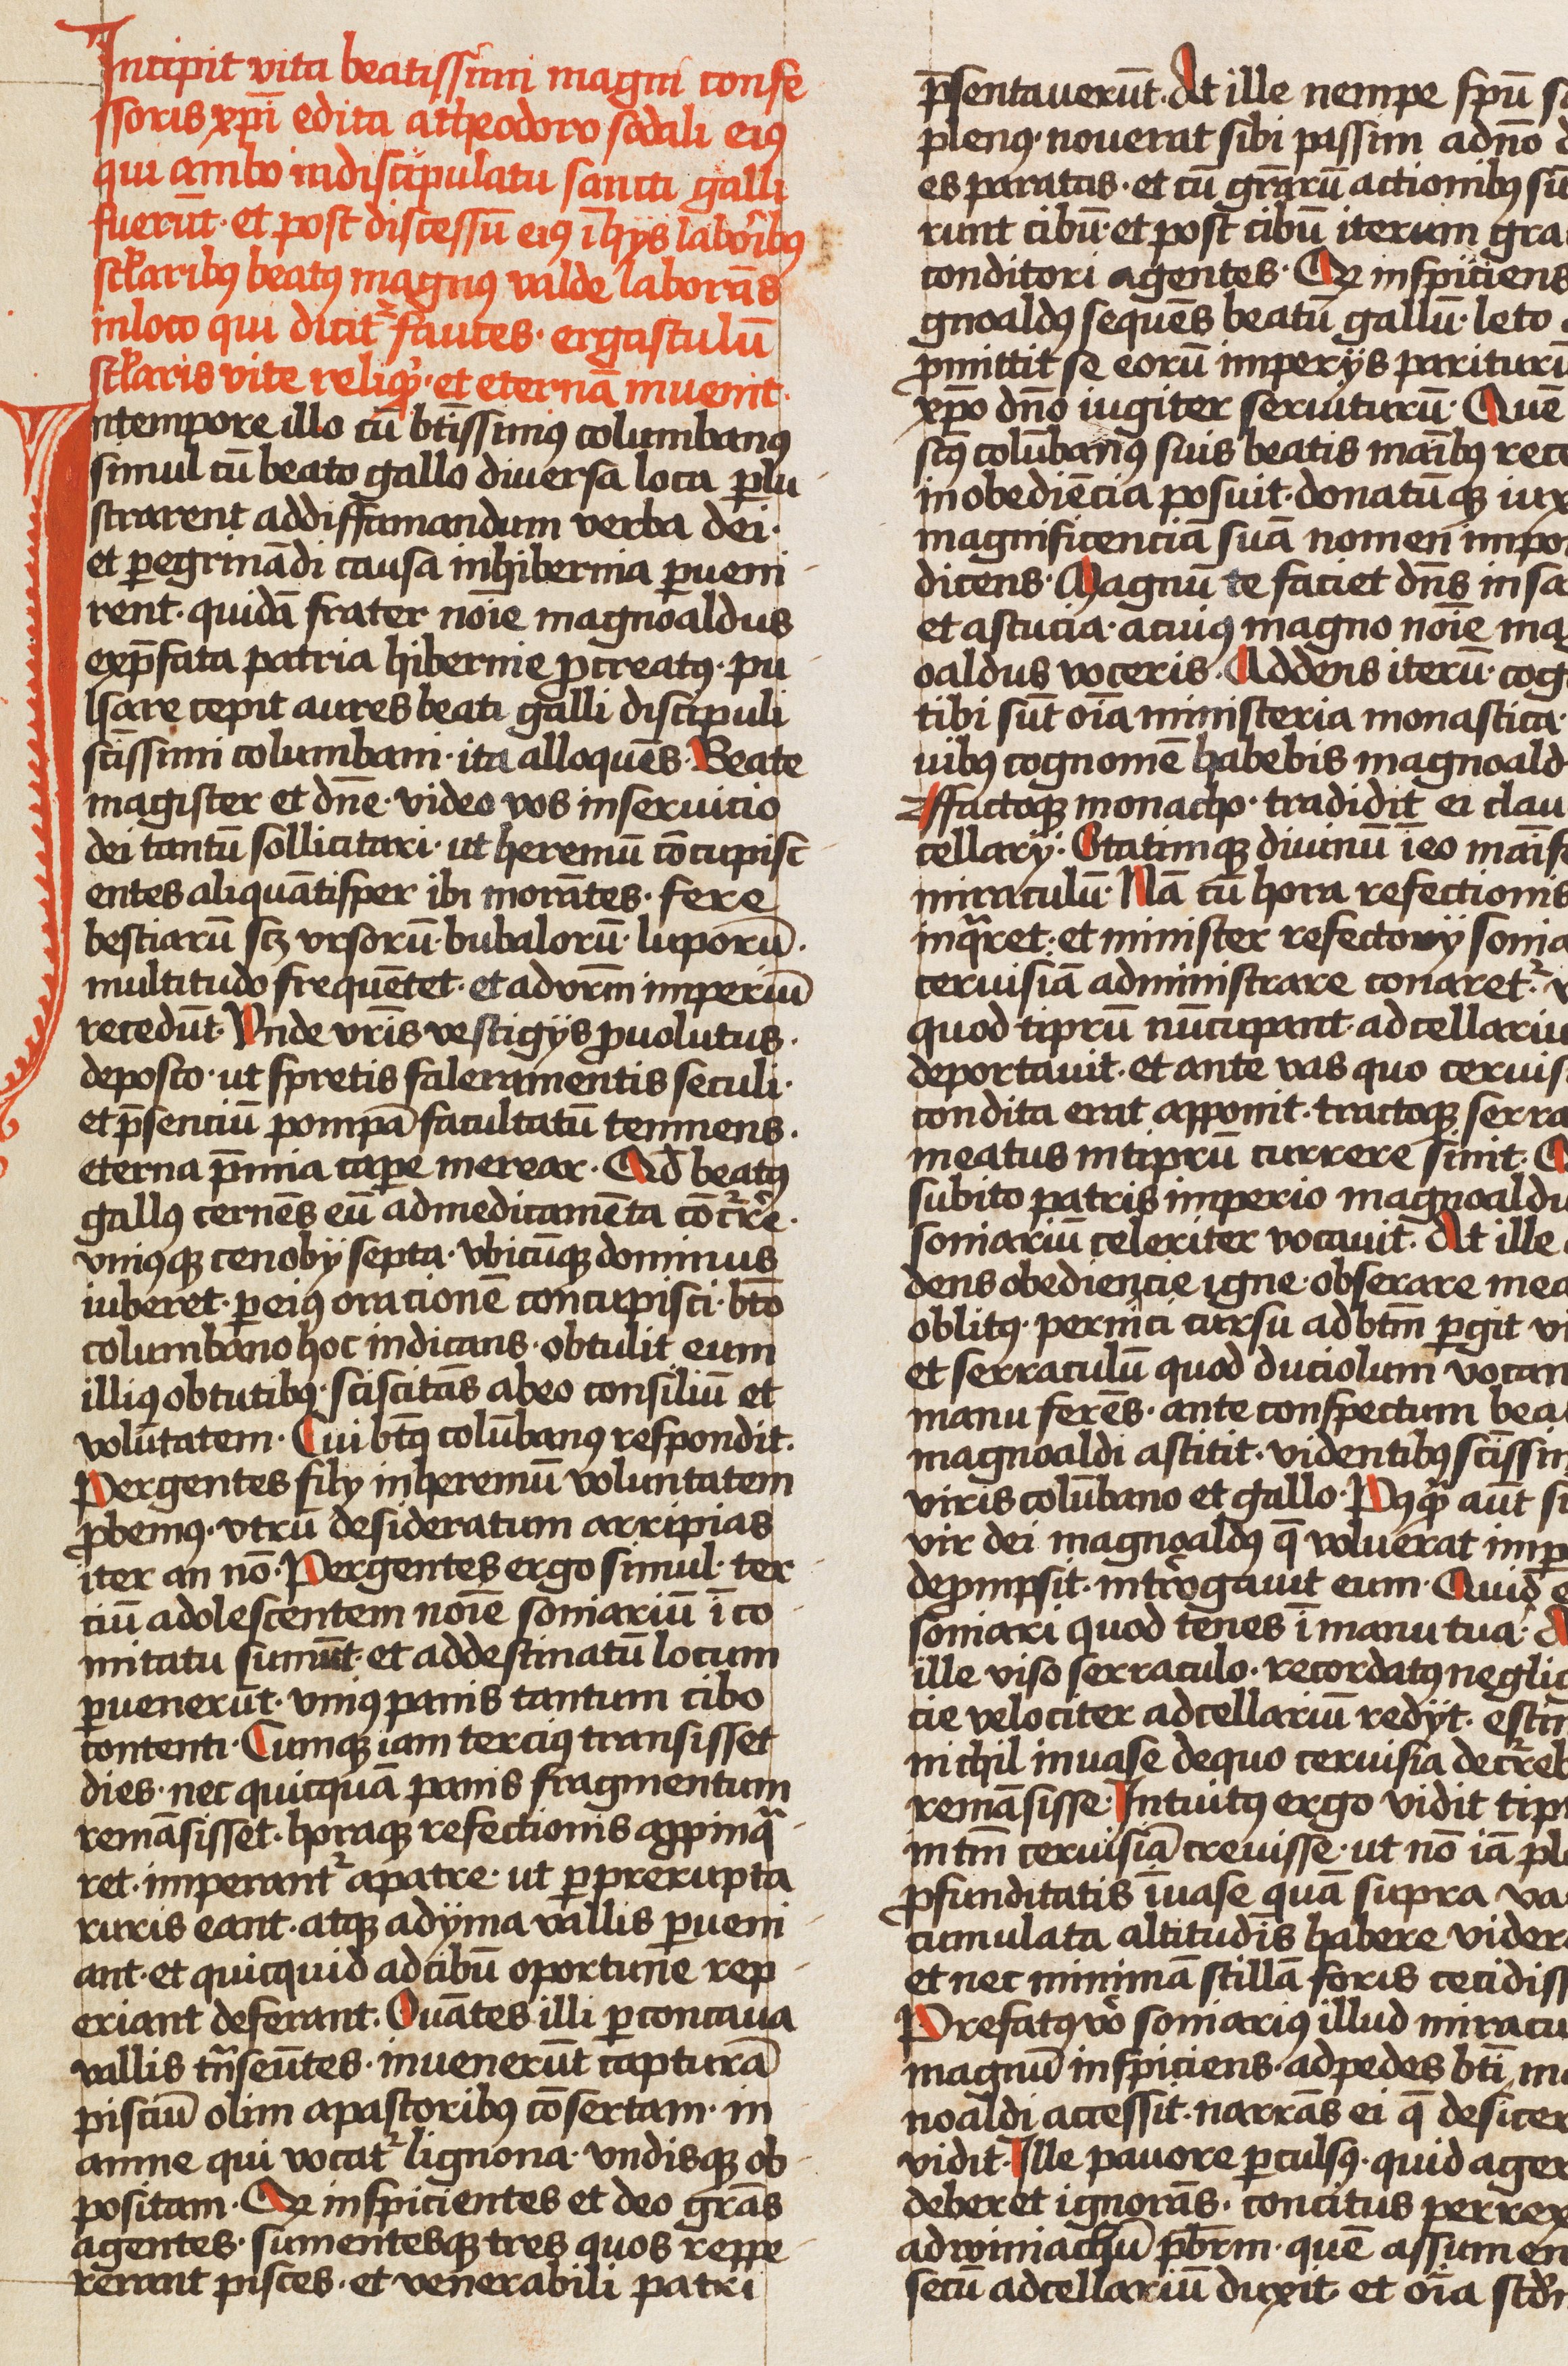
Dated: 1450–1499